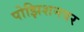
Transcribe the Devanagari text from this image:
पोझिशनवर